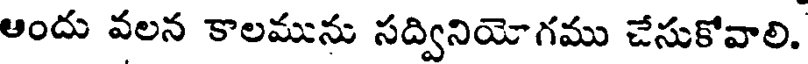
ఆందు వలన కాలమును సద్వినియోగము చేసుకోవాలి.